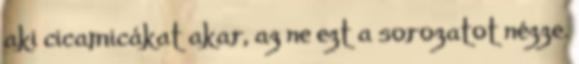
aki cicamicákat akar, az ne ezt a sorozatot nézze.